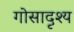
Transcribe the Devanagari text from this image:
गोसादृश्य